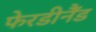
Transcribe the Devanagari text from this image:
फेरडीनैंड